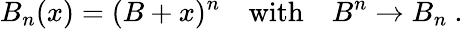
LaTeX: B_{n}(x)=(B+x)^{n}\quad\mathrm{with}\quad B^{n}\rightarrow B_{n}\ .